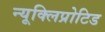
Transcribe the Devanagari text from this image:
न्यूक्लिप्रोटिड